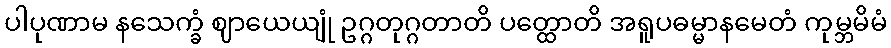
ပါပုဏာမ နသေက္ခံ ဈာယေယျုံ ဥဂ္ဂတုဂ္ဂတာတိ ပတ္ထောတိ အရူပဓမ္မာနမေတံ ကုမ္ဘမိမံ